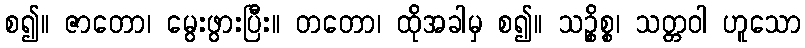
စ၍။ ဇာတော၊ မွေးဖွားပြီး။ တတော၊ ထိုအခါမှ စ၍။ သဉ္စိစ္စ၊ သတ္တဝါ ဟူသော